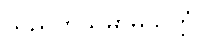
သုညတသမာဓိသုတ္တံ